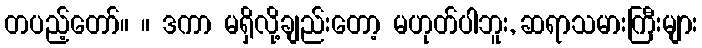
တပည့်တော်။ ။ ဒကာ မရှိလို့ချည်းတော့ မဟုတ်ပါဘူး, ဆရာသမားကြီးများ